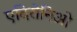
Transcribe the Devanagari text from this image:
एदिरोनिओ